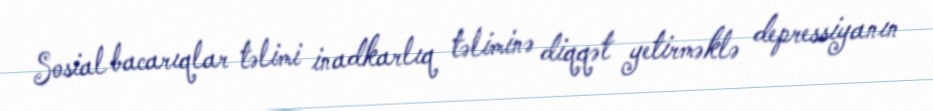
Sosial bacarıqlar təlimi inadkarlıq təliminə diqqət yetirməklə depressiyanın